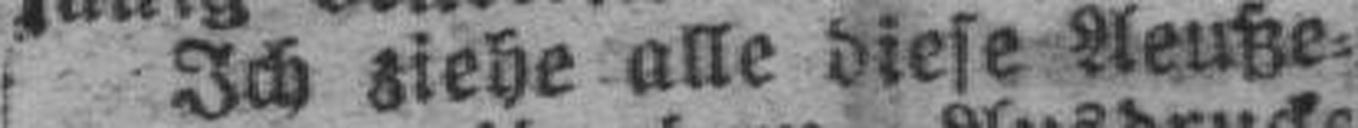
Ich ziehe alle diese Aeuße¬